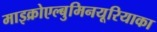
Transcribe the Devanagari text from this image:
माइक्रोएल्बुमिनयूरियाका